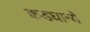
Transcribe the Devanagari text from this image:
कडघान्ये